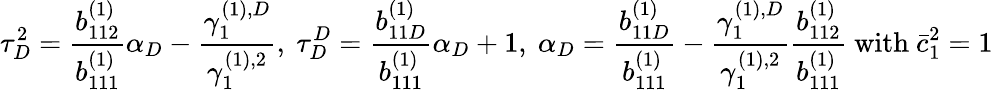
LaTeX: \tau_{D}^{2}=\frac{b_{112}^{(1)}}{b_{111}^{(1)}}\alpha_{D}-\frac{\gamma_{1}^{(1),D}}{\gamma_{1}^{(1),2}},\ \tau_{D}^{D}=\frac{b_{11D}^{(1)}}{b_{111}^{(1)}}\alpha_{D}+1,\ \alpha_{D}=\frac{b_{11D}^{(1)}}{b_{111}^{(1)}}-\frac{\gamma_{1}^{(1),D}}{\gamma_{1}^{(1),2}}\frac{b_{112}^{(1)}}{b_{111}^{(1)}}\mathrm{~with~}\bar{c}_{1}^{2}=1